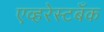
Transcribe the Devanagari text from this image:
एव्हरेस्टबँक